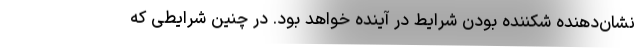
نشان‌دهنده شکننده بودن شرایط در آینده خواهد بود. در چنین شرایطی که